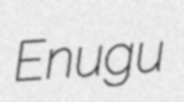
Enugu